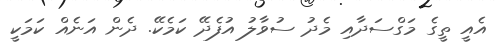
އެއީ ތީގެ މަގްސަދާއި މެދު ސުވާލު އުފެދޭ ކަމެކޭ. ދެން އަނެއް ކަމަކީ